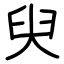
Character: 臾